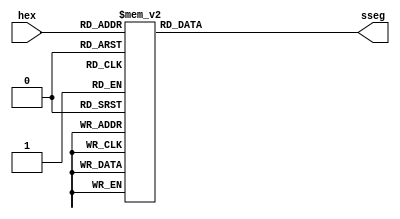
`timescale 1ns / 1ps
//////////////////////////////////////////////////////////////////////////////////
// Company: 
// Engineer: 
// 
// Design Name: 
// Module Name: hex2sseg
// Project Name: 
// Target Devices: 
// Tool Versions: 
// Description: 
// 
// Dependencies: 
// 
// Revision:
// Revision 0.01 - File Created
// Additional Comments:
// 
//////////////////////////////////////////////////////////////////////////////////


module hex2sseg(
    input [3:0] hex,
    output reg [6:0] sseg //arranged as gfedcba  
    );
    
    always @(hex)
        case(hex) //gfedcba
            0: sseg = 7'b1000000;
            1: sseg = 7'b1111001;            
            2: sseg = 7'b0100100;             
            3: sseg = 7'b0110000;              
            4: sseg = 7'b0011001;             
            5: sseg = 7'b0010010;             
            6: sseg = 7'b0000010;             
            7: sseg = 7'b1111000;             
            8: sseg = 7'b0000000;             
            9: sseg = 7'b0010000;             
            10: sseg = 7'b0001000;             
            11: sseg = 7'b0000011;             
            12: sseg = 7'b1000110;             
            13: sseg = 7'b0100001;             
            14: sseg = 7'b0000110;             
            15: sseg = 7'b0001110;             
        endcase
endmodule